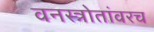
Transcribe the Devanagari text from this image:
वनस्त्रोतांवरच